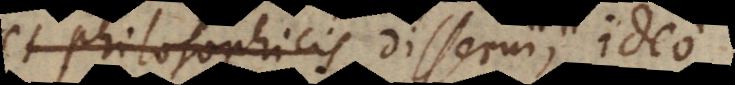
et philosophicis disserui, ide